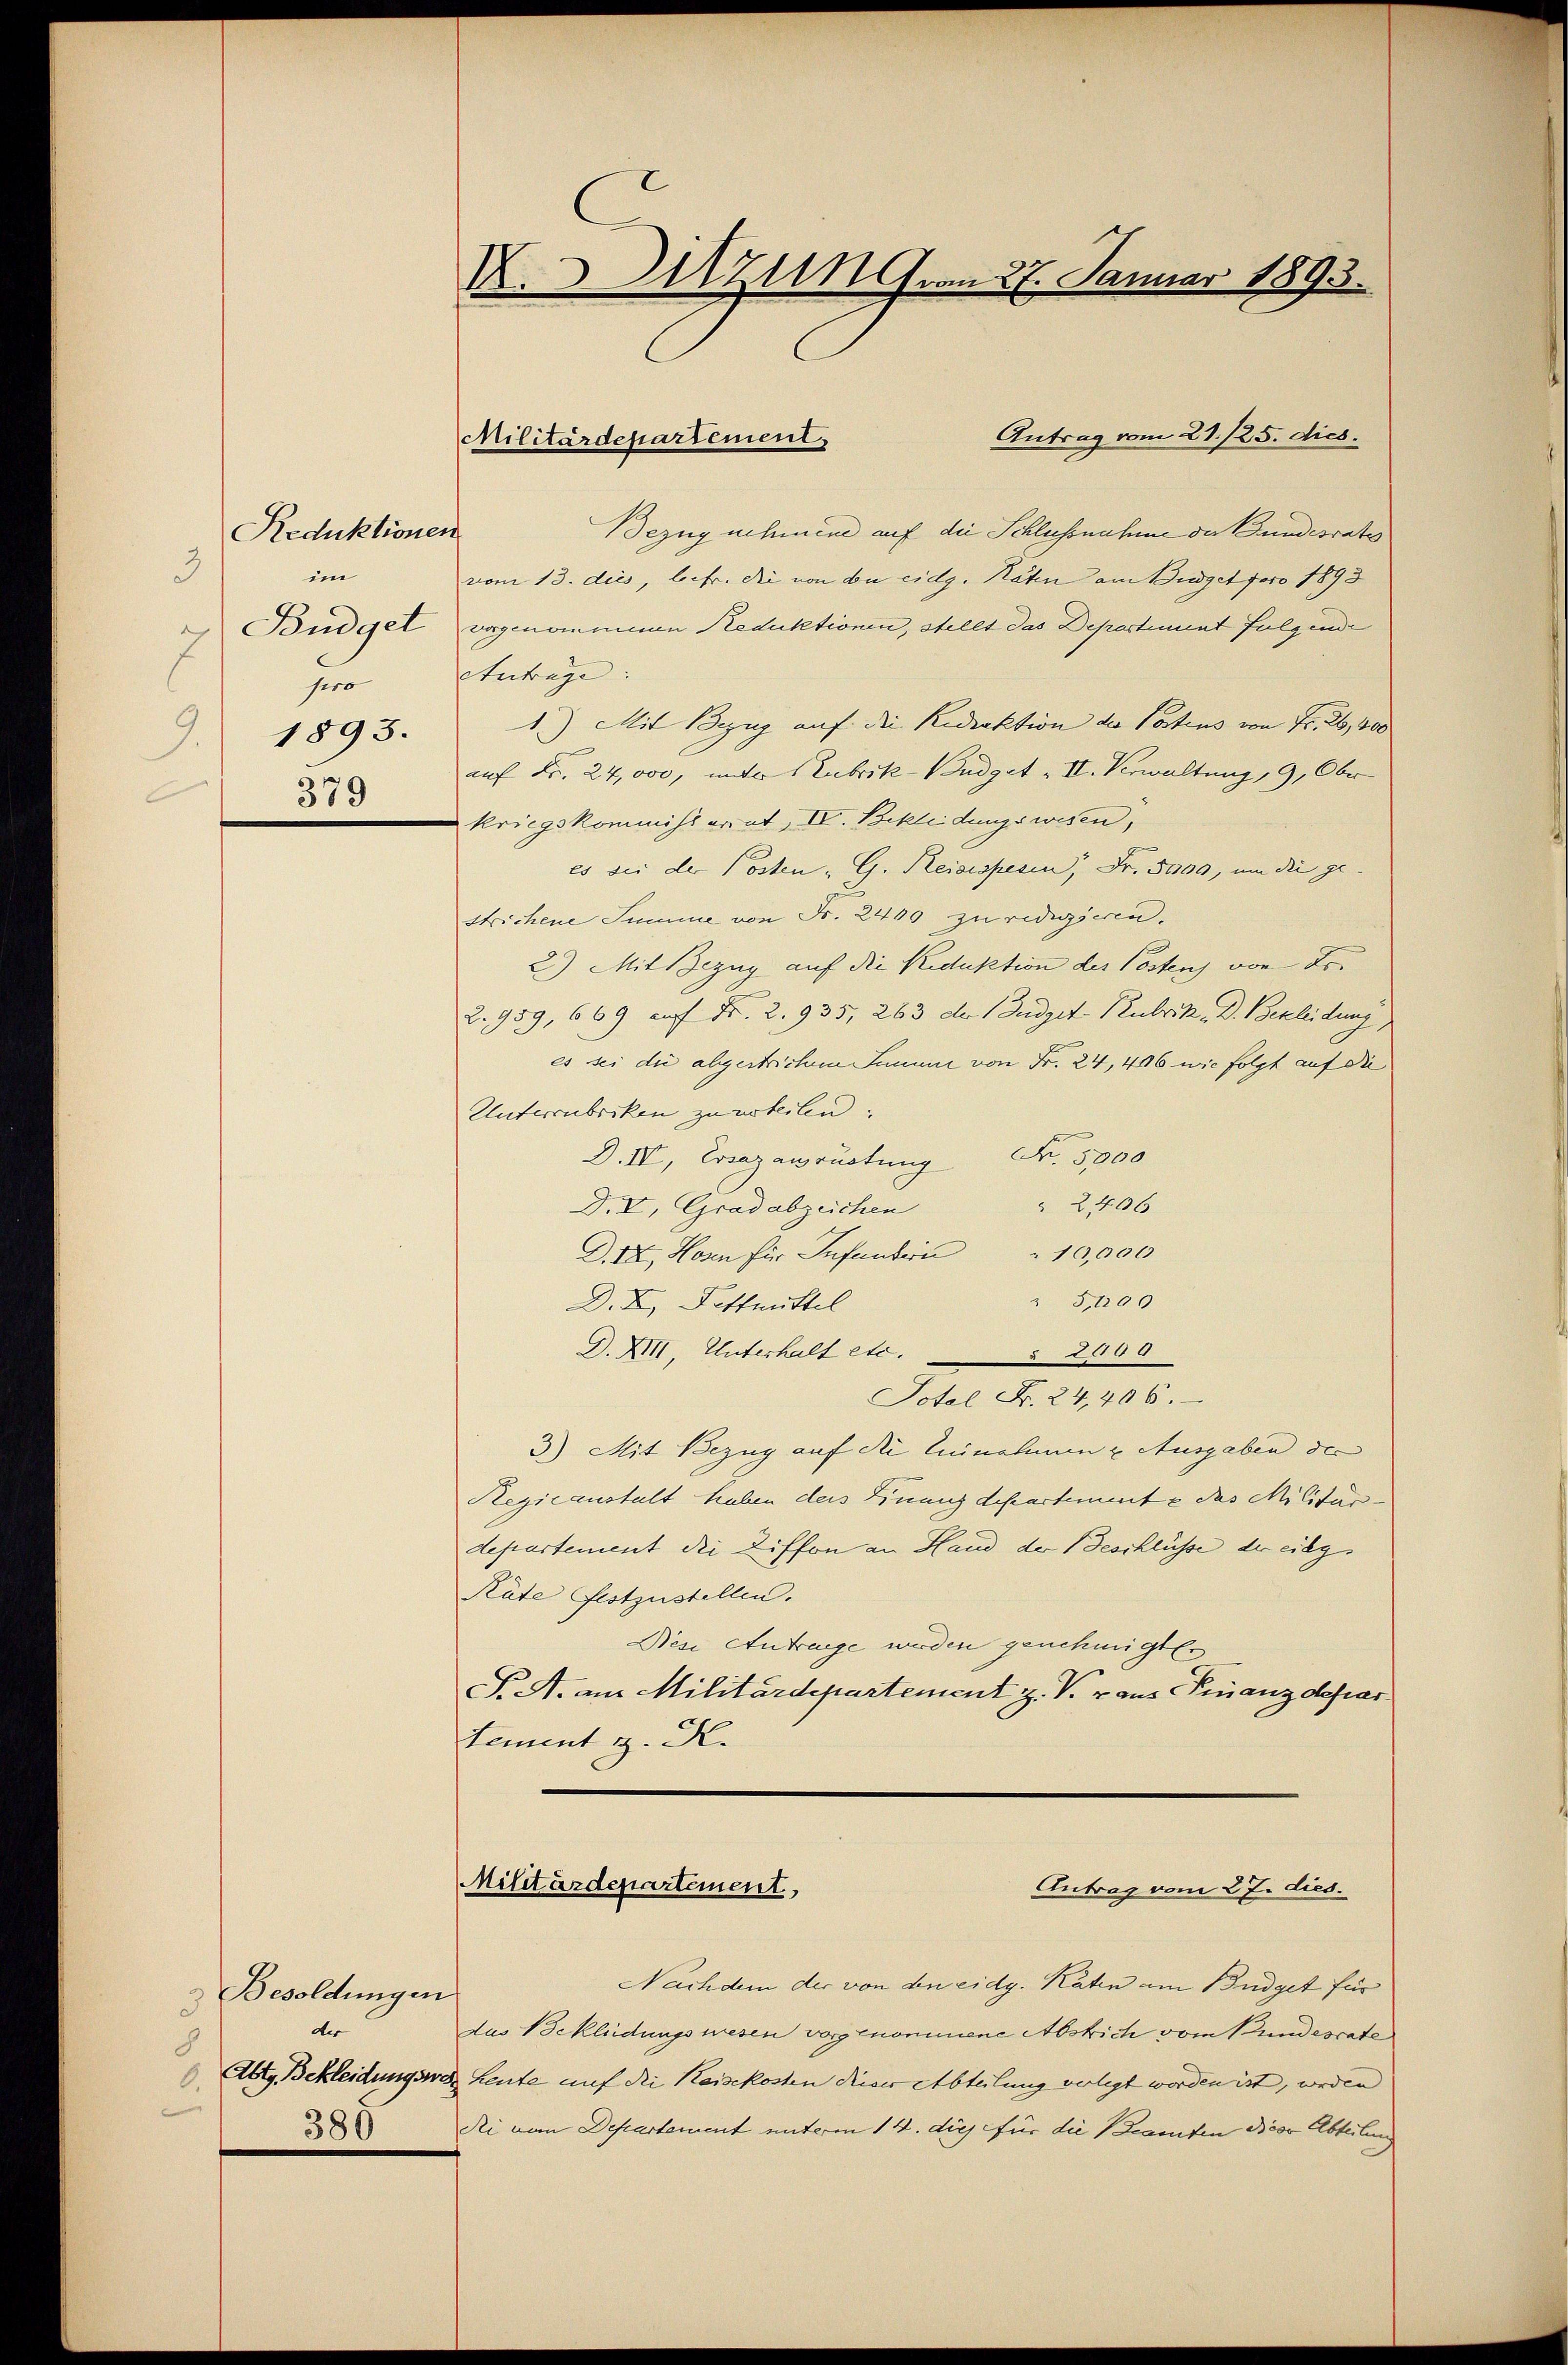
Reduktionen
3
im
Budget
7
hero
1893.
9.
379

Besoldungen
3
der
8
6.
385

X.Utzung. am 27. Januar 1893.

Bezug nehmene auf die Schlussnahme der Bundesrats
vom 13. dies, leefr. die von die eidg. Räten am Budget foro 1893
vorgenommenen Reduktionen, stellt das Departement folgende
Antrage:
1) Mit Bezug auf die Redaktion der Postens von Fr. 26,000
auf Fr. 24,000, unter Zubrik- Budget II. Verwaltung, 9, Ober-
kriegskommissariat, IV. Bekleidungswesen,
es sei der Posten „G. Reisispesen, Fr. 5000, um die ge-
strichene Summe von Fr. 2400 zu redigieren.
2) Mit Bezug auf die Reduktion des Postens von Fr.
2. 959, 669 auf Fr. 2. 935, 263 der Budget-Rubrik, D. Bekleidung,
es sei die abgestrichen Junum von Fr. 24,416 wie folgt auf die
Unterzubriken zu urteilen.
D.IV, Ersazaurustung Nr. 5,000
2406
D.V, Grad abzeichen
D.IX, Hosen für Infandern 10,000
" 5,109
D. X. Pottmittel
D. XIII, Unterhalt etc.
 264 A
Sotel Fr. 24,406.
3) Mit Bezug auf die Einnahmen u. Ausgaben der
Regicanstalt haben ders Finanzdepartemente das Militar-
departement die Ziffon an Hand der Beschlüsse der eing
Rate festzustellen.
Diese Antrage werden genehmigten
S. A. aus Militärdepartement z. V. raus Finanzdepar
tement H. H.

Militärdepartement,

Antrag vom 21./25. dies.

Militärdepartement,
Antrag vom 27. dies.

Nachdem der von den eidg. Katen am Büdget für
dus Bekleidungswesen vorgenommene Abstrich vom Bundesrate
Abty, Bekleidungswer heute auf die Reisekosten dieser Abteilung verlegt worden ist, worden
Rei von Departement unterm 14. dies für die Beamten diese Abteilung